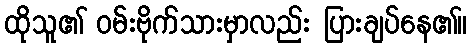
ထိုသူ၏ ဝမ်းဗိုက်သားမှာလည်း ပြားချပ်နေ၏။